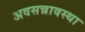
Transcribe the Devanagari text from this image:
अवसन्नावस्था